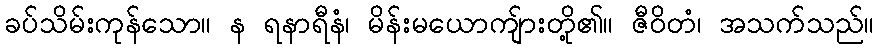
ခပ်သိမ်းကုန်သော။ န ရနာရီနံ၊ မိန်းမယောကျ်ားတို့၏။ ဇီဝိတံ၊ အသက်သည်။